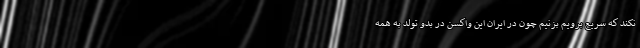
نکند که سریع برویم بزنیم چون در ایران این واکسن در بدو تولد به همه